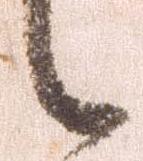
候